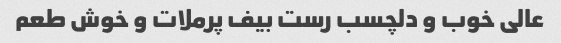
عالی خوب و دلچسب رست بیف پرملات و خوش طعم